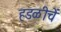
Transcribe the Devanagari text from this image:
हडळीचें